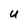
Character: U